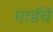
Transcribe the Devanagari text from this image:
गार्डचे